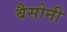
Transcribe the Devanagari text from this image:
बैसोनी